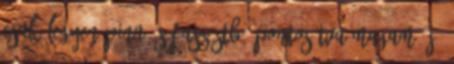
csak legyen pina és fasz stb. Pontosítva magam: jó